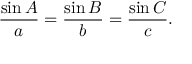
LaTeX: { \frac { \sin A } { a } } = { \frac { \sin B } { b } } = { \frac { \sin C } { c } } .